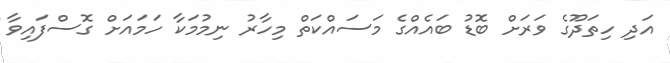
އަދި ހިތަދޫގެ ވަރަށް ބޮޑު ބައެއްގެ މަސައްކަތް މިހާރު ނިމުމަކާ ހަމައަށް ގޮސްފައިވާ